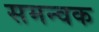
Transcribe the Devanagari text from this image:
समन्वक